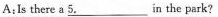
A：Is there a \underline{5.} in the park？